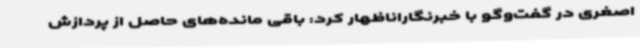
اصغری در گفت‌وگو با خبرنگاراناظهار کرد: باقی مانده‌های حاصل از پردازش